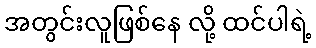
အတွင်းလူဖြစ်နေ လို့ ထင်ပါရဲ့